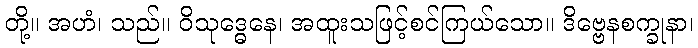
တို့။ အဟံ၊ သည်။ ဝိသုဒ္ဓေနေ၊ အထူးသဖြင့်စင်ကြယ်သော။ ဒိဗ္ဗေနစက္ခုနာ၊